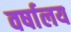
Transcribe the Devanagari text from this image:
वर्षालय